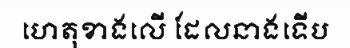
ហេតុខាងលើ ដែលនាងទើប